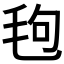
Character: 𪵙